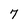
Character: 7